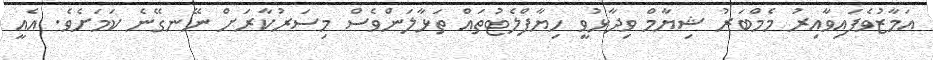
އަމާޒުވެފައިވާއިރު މެމްބަރު ޝިޔާމް ވިދާޅުވީ ހިޔާފްލެޓުތައް ތަޅާލަންވެސް މިސަރުކާރަށް ނޭނގޭނެ ކަމަށެވެ. އެއީ